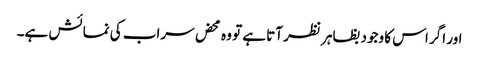
اور اگر اس کا وجود بظاہر نظر آتا ہے تو وہ محض سراب کی نمائش ہے۔